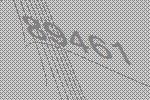
89461